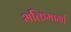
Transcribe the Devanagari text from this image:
भक्तिमार्गा